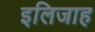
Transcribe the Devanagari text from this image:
इलिजाह